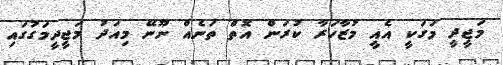
މަޖީދީ މަގަކީ އެއީ މުޒާހަރާ ކުރަން އޮތް ތަނެއް ނޫނޭ މިއަދު މަޖީދީމަގުގައި